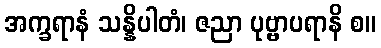
အက္ခရာနံ သန္နိပါတံ၊ ဇညာ ပုဗ္ဗာပရာနိ စ။